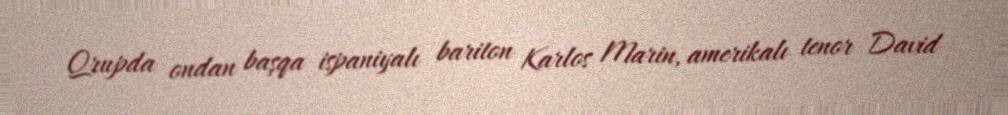
Qrupda ondan başqa ispaniyalı bariton Karlos Marin, amerikalı tenor David